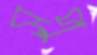
সপু